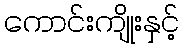
ကောင်းကျိုးနှင့်